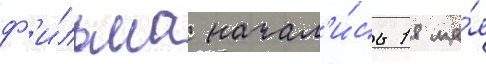
ф'и́льма начал'и́сь 18 ма́я